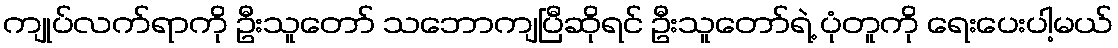
ကျုပ်လက်ရာကို ဦးသူတော် သဘောကျပြီဆိုရင် ဦးသူတော်ရဲ့ ပုံတူကို ရေးပေးပါ့မယ်